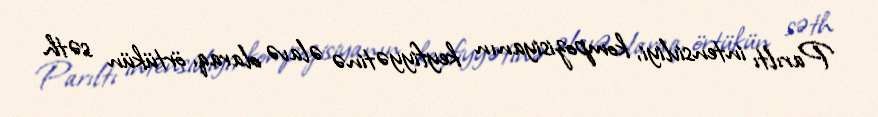
Parıltı intensivliyi, kompozisiyanın keyfiyyətinə əlavə olaraq, örtükün səth